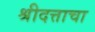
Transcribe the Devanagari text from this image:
श्रीदत्ताचा